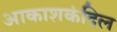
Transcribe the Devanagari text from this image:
आकाशकंदिल